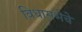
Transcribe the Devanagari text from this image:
विधासभेचे